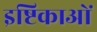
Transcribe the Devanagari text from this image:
इष्टिकाओं